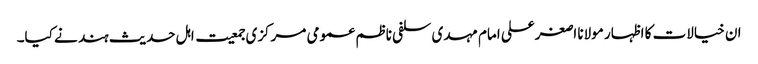
ان خیالات کا اظہار مولانا اصغرعلی امام مہدی سلفی ناظم عمومی مرکزی جمعیت اہل حدیث ہند نے کیا۔